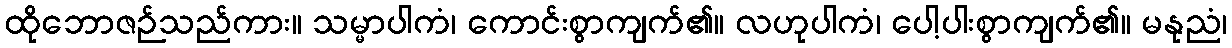
ထိုဘောဇဉ်သည်ကား။ သမ္မာပါကံ၊ ကောင်းစွာကျက်၏။ လဟုပါကံ၊ ပေါ့ပါးစွာကျက်၏။ မနုညံ၊